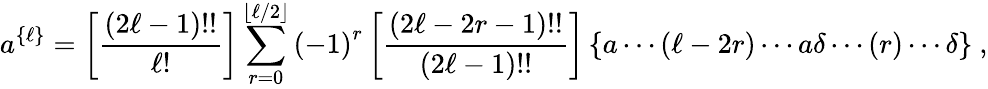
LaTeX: a^{\left\{ \ell\right\} }=\left[\frac{\left(2\ell-1\right)!!}{\ell!}\right]\sum_{r=0}^{\lfloor\ell/2\rfloor}\left(-1\right)^{r}\left[\frac{\left(2\ell-2r-1\right)!!}{\left(2\ell-1\right)!!}\right]\left\{ a\cdots\left(\ell-2r\right)\cdots a\delta\cdots\left(r\right)\cdots\delta\right\} \ ,